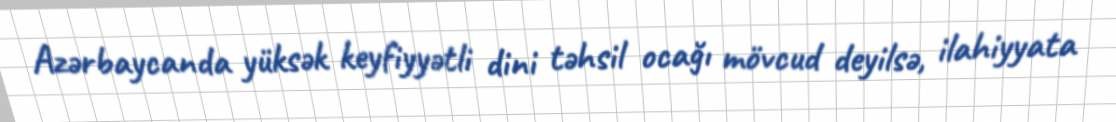
Azərbaycanda yüksək keyfiyyətli dini təhsil ocağı mövcud deyilsə, ilahiyyata